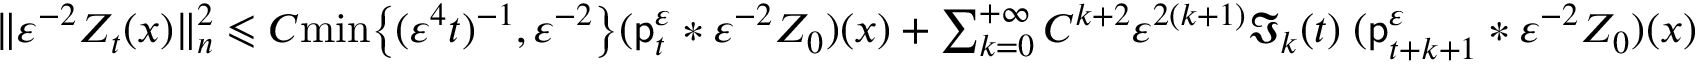
\begin{array} { r } { \| \varepsilon ^ { - 2 } Z _ { t } ( x ) \| _ { n } ^ { 2 } \leqslant C \mathrm { m i n } \big \{ ( \varepsilon ^ { 4 } t ) ^ { - 1 } , \varepsilon ^ { - 2 } \big \} ( \mathsf { p } _ { t } ^ { \varepsilon } \ast \varepsilon ^ { - 2 } Z _ { 0 } ) ( x ) + \sum _ { k = 0 } ^ { + \infty } C ^ { k + 2 } \varepsilon ^ { 2 ( k + 1 ) } \mathfrak { I } _ { k } ( t ) \; ( \mathsf { p } _ { t + k + 1 } ^ { \varepsilon } \ast \varepsilon ^ { - 2 } Z _ { 0 } ) ( x ) } \end{array}